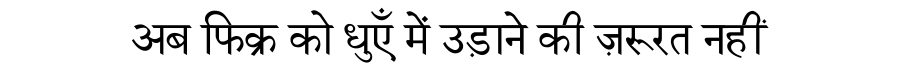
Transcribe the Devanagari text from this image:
अब फिक्र को धुएँ में उड़ाने की ज़रूरत नहीं